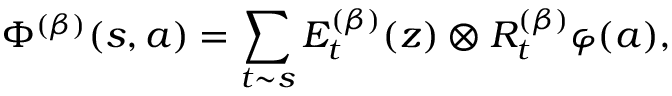
\Phi ^ { ( \beta ) } ( s , a ) = \sum _ { t \sim s } E _ { t } ^ { ( \beta ) } ( z ) \otimes R _ { t } ^ { ( \beta ) } \varphi ( a ) ,